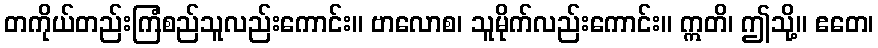
တကိုယ်တည်းကြံစည်သူလည်းကောင်း။ ဗာလောစ၊ သူမိုက်လည်းကောင်း။ ဣတိ၊ ဤသို့။ ဧတေ၊